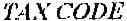
TAX CODE